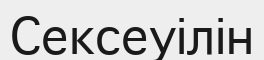
Сексеуілін